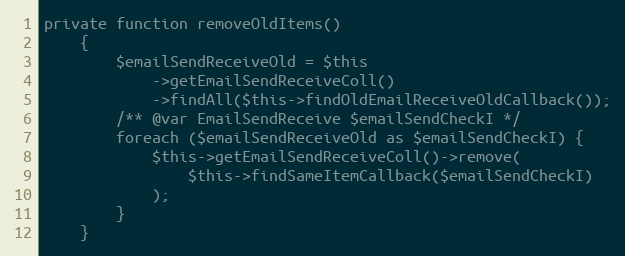
Language: PHP
private function removeOldItems()
    {
        $emailSendReceiveOld = $this
            ->getEmailSendReceiveColl()
            ->findAll($this->findOldEmailReceiveOldCallback());
        /** @var EmailSendReceive $emailSendCheckI */
        foreach ($emailSendReceiveOld as $emailSendCheckI) {
            $this->getEmailSendReceiveColl()->remove(
                $this->findSameItemCallback($emailSendCheckI)
            );
        }
    }